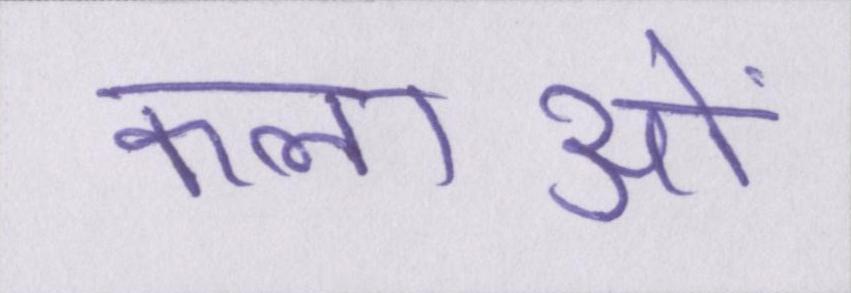
कलाओं